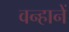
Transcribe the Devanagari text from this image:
वन्हानें